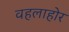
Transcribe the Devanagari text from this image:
वहलाहोर